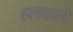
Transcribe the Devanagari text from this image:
हलवाले